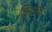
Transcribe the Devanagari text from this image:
विन्यसत